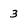
Character: 3